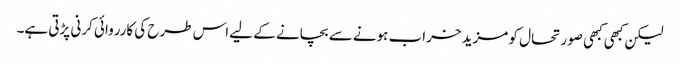
لیکن کبھی کبھی صورتحال کو مزید خراب ہونے سے بچانے کے لیے اس طرح کی کارروائی کرنی پڑتی ہے۔